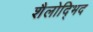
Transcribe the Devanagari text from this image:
शैलोद्भिद